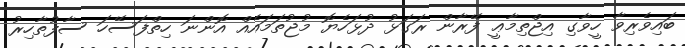
ބައިވެރިވާ ހީވާގި އިޖްތިމާޢީ ފޭރާން ރަގަޅު ދުޅަހެޔޮ މުޖުތަމައެއް އޮންނަ ހިތްފަސޭހަ ސާފުތާހިރު